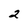
Character: 2